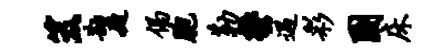
笈勘庭偈胞勒郁遇彩圃床